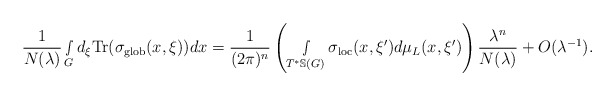
\begin{align*} \frac{1}{N(\lambda)}\smallint\limits_Gd_\xi\textnormal{Tr}(\sigma_{\textnormal{glob}}(x,\xi))dx=\frac{1}{(2\pi)^n}\left( \smallint\limits_{T^*\mathbb{S}(G)}\sigma_{\textnormal{loc}}(x,\xi')d\mu_L(x,\xi')\right)\frac{\lambda^n}{N(\lambda)}+O(\lambda^{-1}).\end{align*}